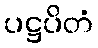
ပဋ္ဌပိတံ